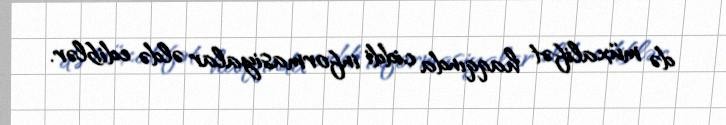
də müxalifət haqqında ciddi informasiyalar əldə ediblər.